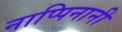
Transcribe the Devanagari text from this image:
नाप्पिनानी